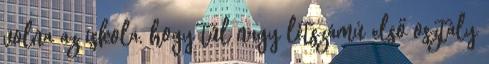
volna az iskola, hogy túl nagy létszámú első osztály